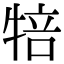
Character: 犃